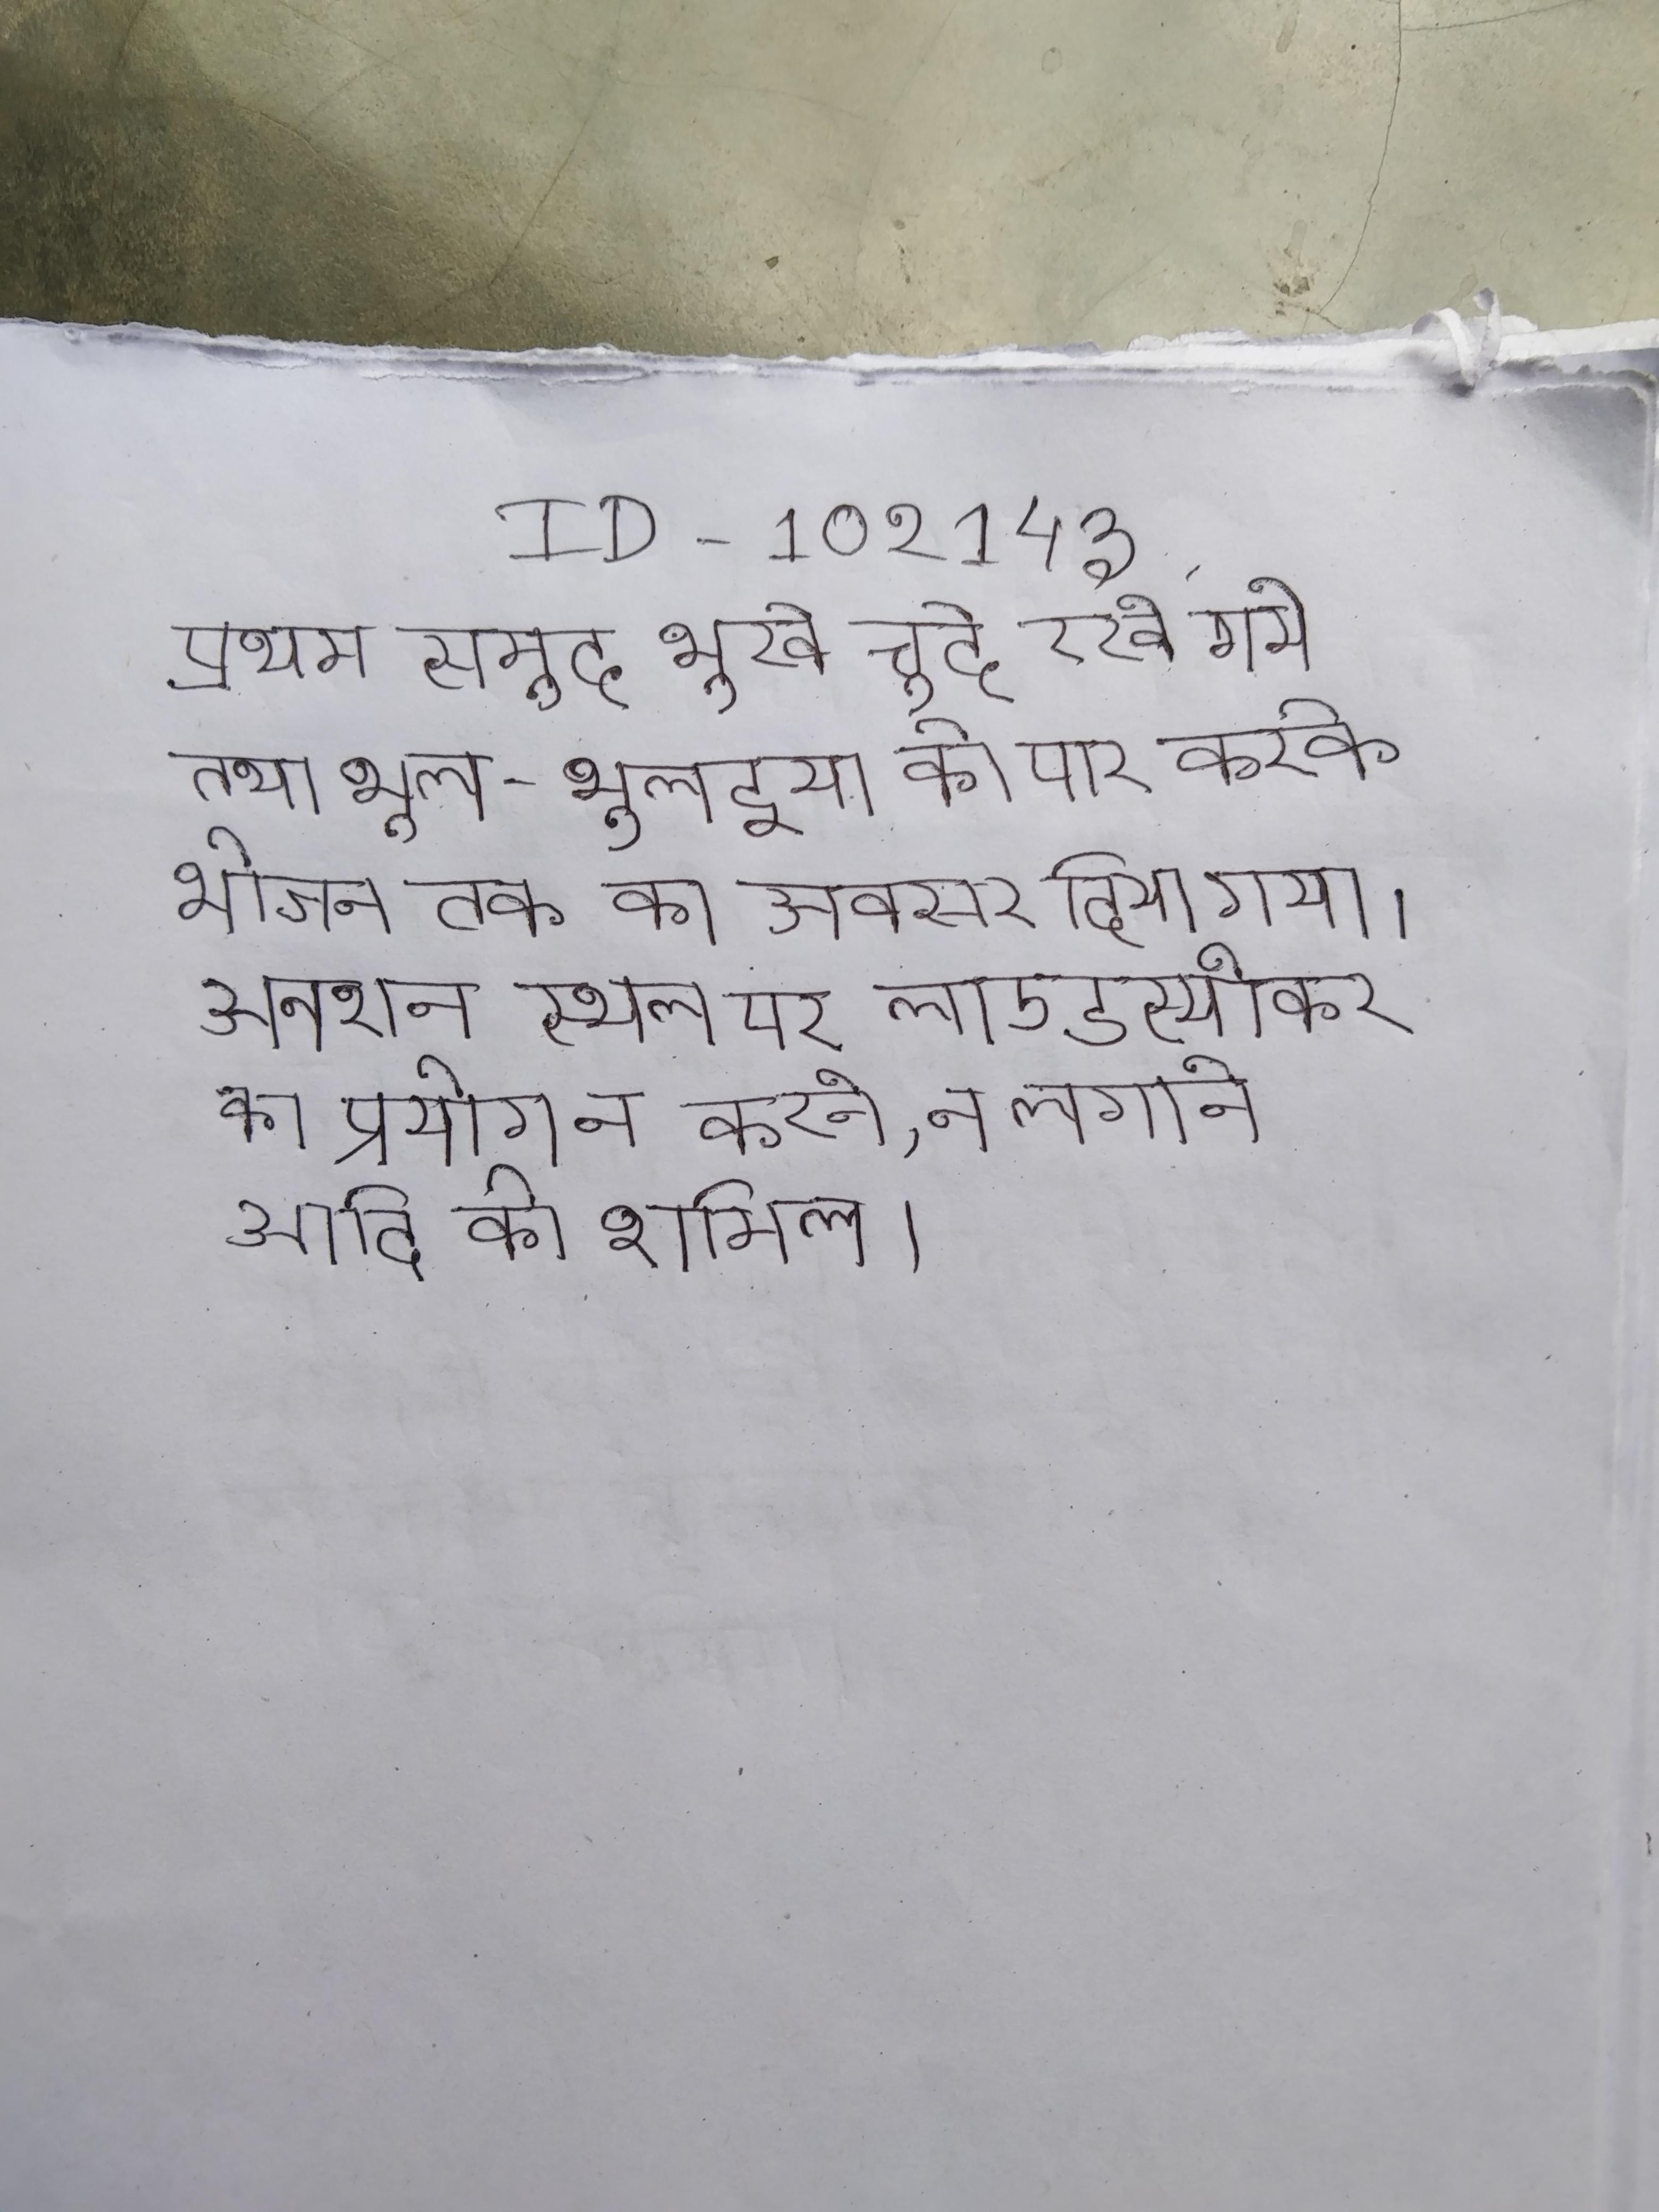
प्रथम समूह भूखे चूहे रखे गये तथा भूल-भुलइया को पार करके भोजन तक का अवसर दिया गया । प्रथम स्थान दूध का है । की ५००० तक सीमित रखने, अनशन ३ दिन तक ही करने, अनशन स्थल पर लाउडस्पीकर का प्रयोग न करने, न लगाने आदि की शामिल ।